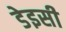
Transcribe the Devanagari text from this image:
डेइसी